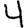
Digit: 4